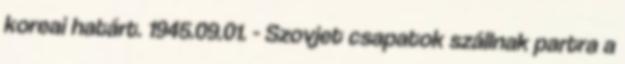
koreai határt. 1945.09.01. - Szovjet csapatok szállnak partra a